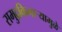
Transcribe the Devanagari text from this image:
समुद्रकिनाऱ्यामुळे